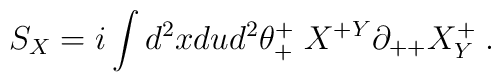
S_X = i\int d^2x du d^2\theta^+_+ \; X^{+Y}\partial_{++} X^+_Y\; .